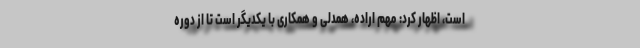
است، اظهار کرد: مهم اراده، همدلی و همکاری با یکدیگر است تا از دوره